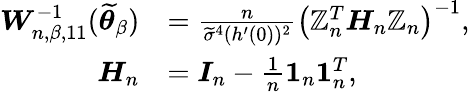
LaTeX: \begin{array}{rl}{\boldsymbol{W}_{n,\beta,11}^{-1}(\widetilde{\boldsymbol{\theta}}_{\beta})}&{=\frac{n}{\widetilde{\sigma}^{4}(h^{\prime}(0))^{2}}\left(\mathbb{Z}_{n}^{T}\boldsymbol{H}_{n}\mathbb{Z}_{n}\right)^{-1},}\\ {\boldsymbol{H}_{n}}&{=\boldsymbol{I}_{n}-\frac{1}{n}\boldsymbol{1}_{n}\boldsymbol{1}_{n}^{T},}\end{array}